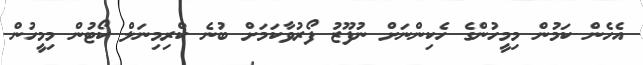
އެހެން ކަމުން މިމީހުންގެ ހެކިންނަށް ނުފޫޒު ފޯރުވާކަމަށް ބުނެ ކްރިމިނަލް ކޯޓުން މިމީހުން